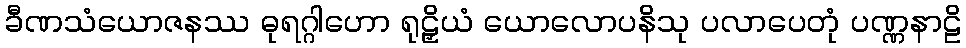
ခီဏသံယောဇနဿ ဓုရဂ္ဂါဟော ရုဠှိယံ ယောလောပနိသု ပလာပေတုံ ပဏ္ဏနာဠိ